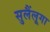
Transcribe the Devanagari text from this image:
सुलैंलूगा